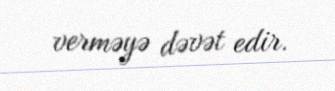
verməyə dəvət edir.